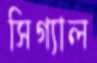
সিগ্যাল